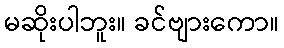
မဆိုးပါဘူး။ ခင်ဗျားကော။